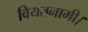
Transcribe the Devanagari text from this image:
वियतनामी।